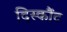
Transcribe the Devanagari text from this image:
दिस्कौंट